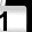
Digit: 1